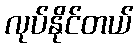
လုပ်နိုင်တယ်